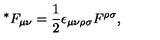
{ ^ \ast } F _ { \mu \nu } = \frac { 1 } { 2 } \epsilon _ { \mu \nu \rho \sigma } F ^ { \rho \sigma } ,